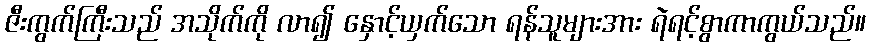
ဇီးကွက်ကြီးသည် အသိုက်ကို လာ၍ နှောင့်ယှက်သော ရန်သူများအား ရဲရင့်စွာကာကွယ်သည်။